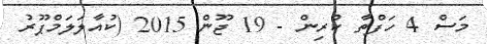
މަސް 4 ހަފްތާ ކުރިން - 19 ޖޫން 2015 (ކުއާލަލަމްޕޫރު